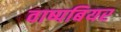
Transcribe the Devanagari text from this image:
वाष्पबियर